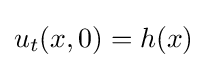
u_{t}(x,0)=h(x)